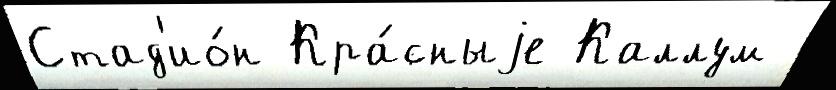
Стад'ио́н Кра́сныjе Каллум